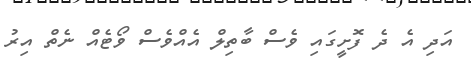
އަދި އެ ދެ ފޮށީގައި ވެސް ބާތިލް އެއްވެސް ވޯޓެއް ނެތް އިރު